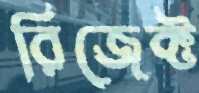
রিজেক্ট